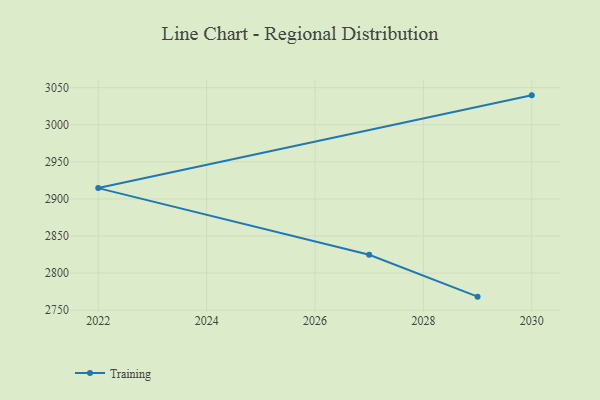
{"axis": {"x": "Year", "y": "Demand Index"}, "legend": ["Training"], "data": [{"x": "2029", "y": 2768.2, "type": "Training"}, {"x": "2027", "y": 2824.6, "type": "Training"}, {"x": "2022", "y": 2914.6, "type": "Training"}, {"x": "2030", "y": 3039.7, "type": "Training"}]}